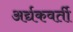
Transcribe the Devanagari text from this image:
अर्द्यकवर्ती